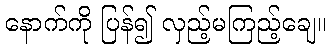
နောက်ကို ပြန်၍ လှည့်မကြည့်ချေ။